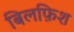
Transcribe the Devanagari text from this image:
बिलफ़िश